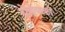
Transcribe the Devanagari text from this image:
दोब्रोव्स्की